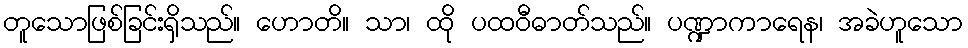
တူသောဖြစ်ခြင်းရှိသည်။ ဟောတိ။ သာ၊ ထို ပထဝီဓာတ်သည်။ ပဏ္ဍာကာရေန၊ အခဲဟူသော